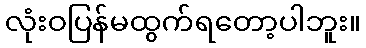
လုံးဝပြန်မထွက်ရတော့ပါဘူး။